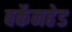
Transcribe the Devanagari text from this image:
बर्केनहेड